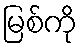
မြစ်ကို